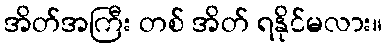
အိတ်အကြီး တစ် အိတ် ရနိုင်မလား။